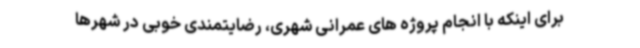
برای اینکه با انجام پروژه های عمرانی شهری، رضایتمندی خوبی در شهرها